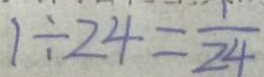
1 \div 2 4 = \frac { 1 } { 2 4 }